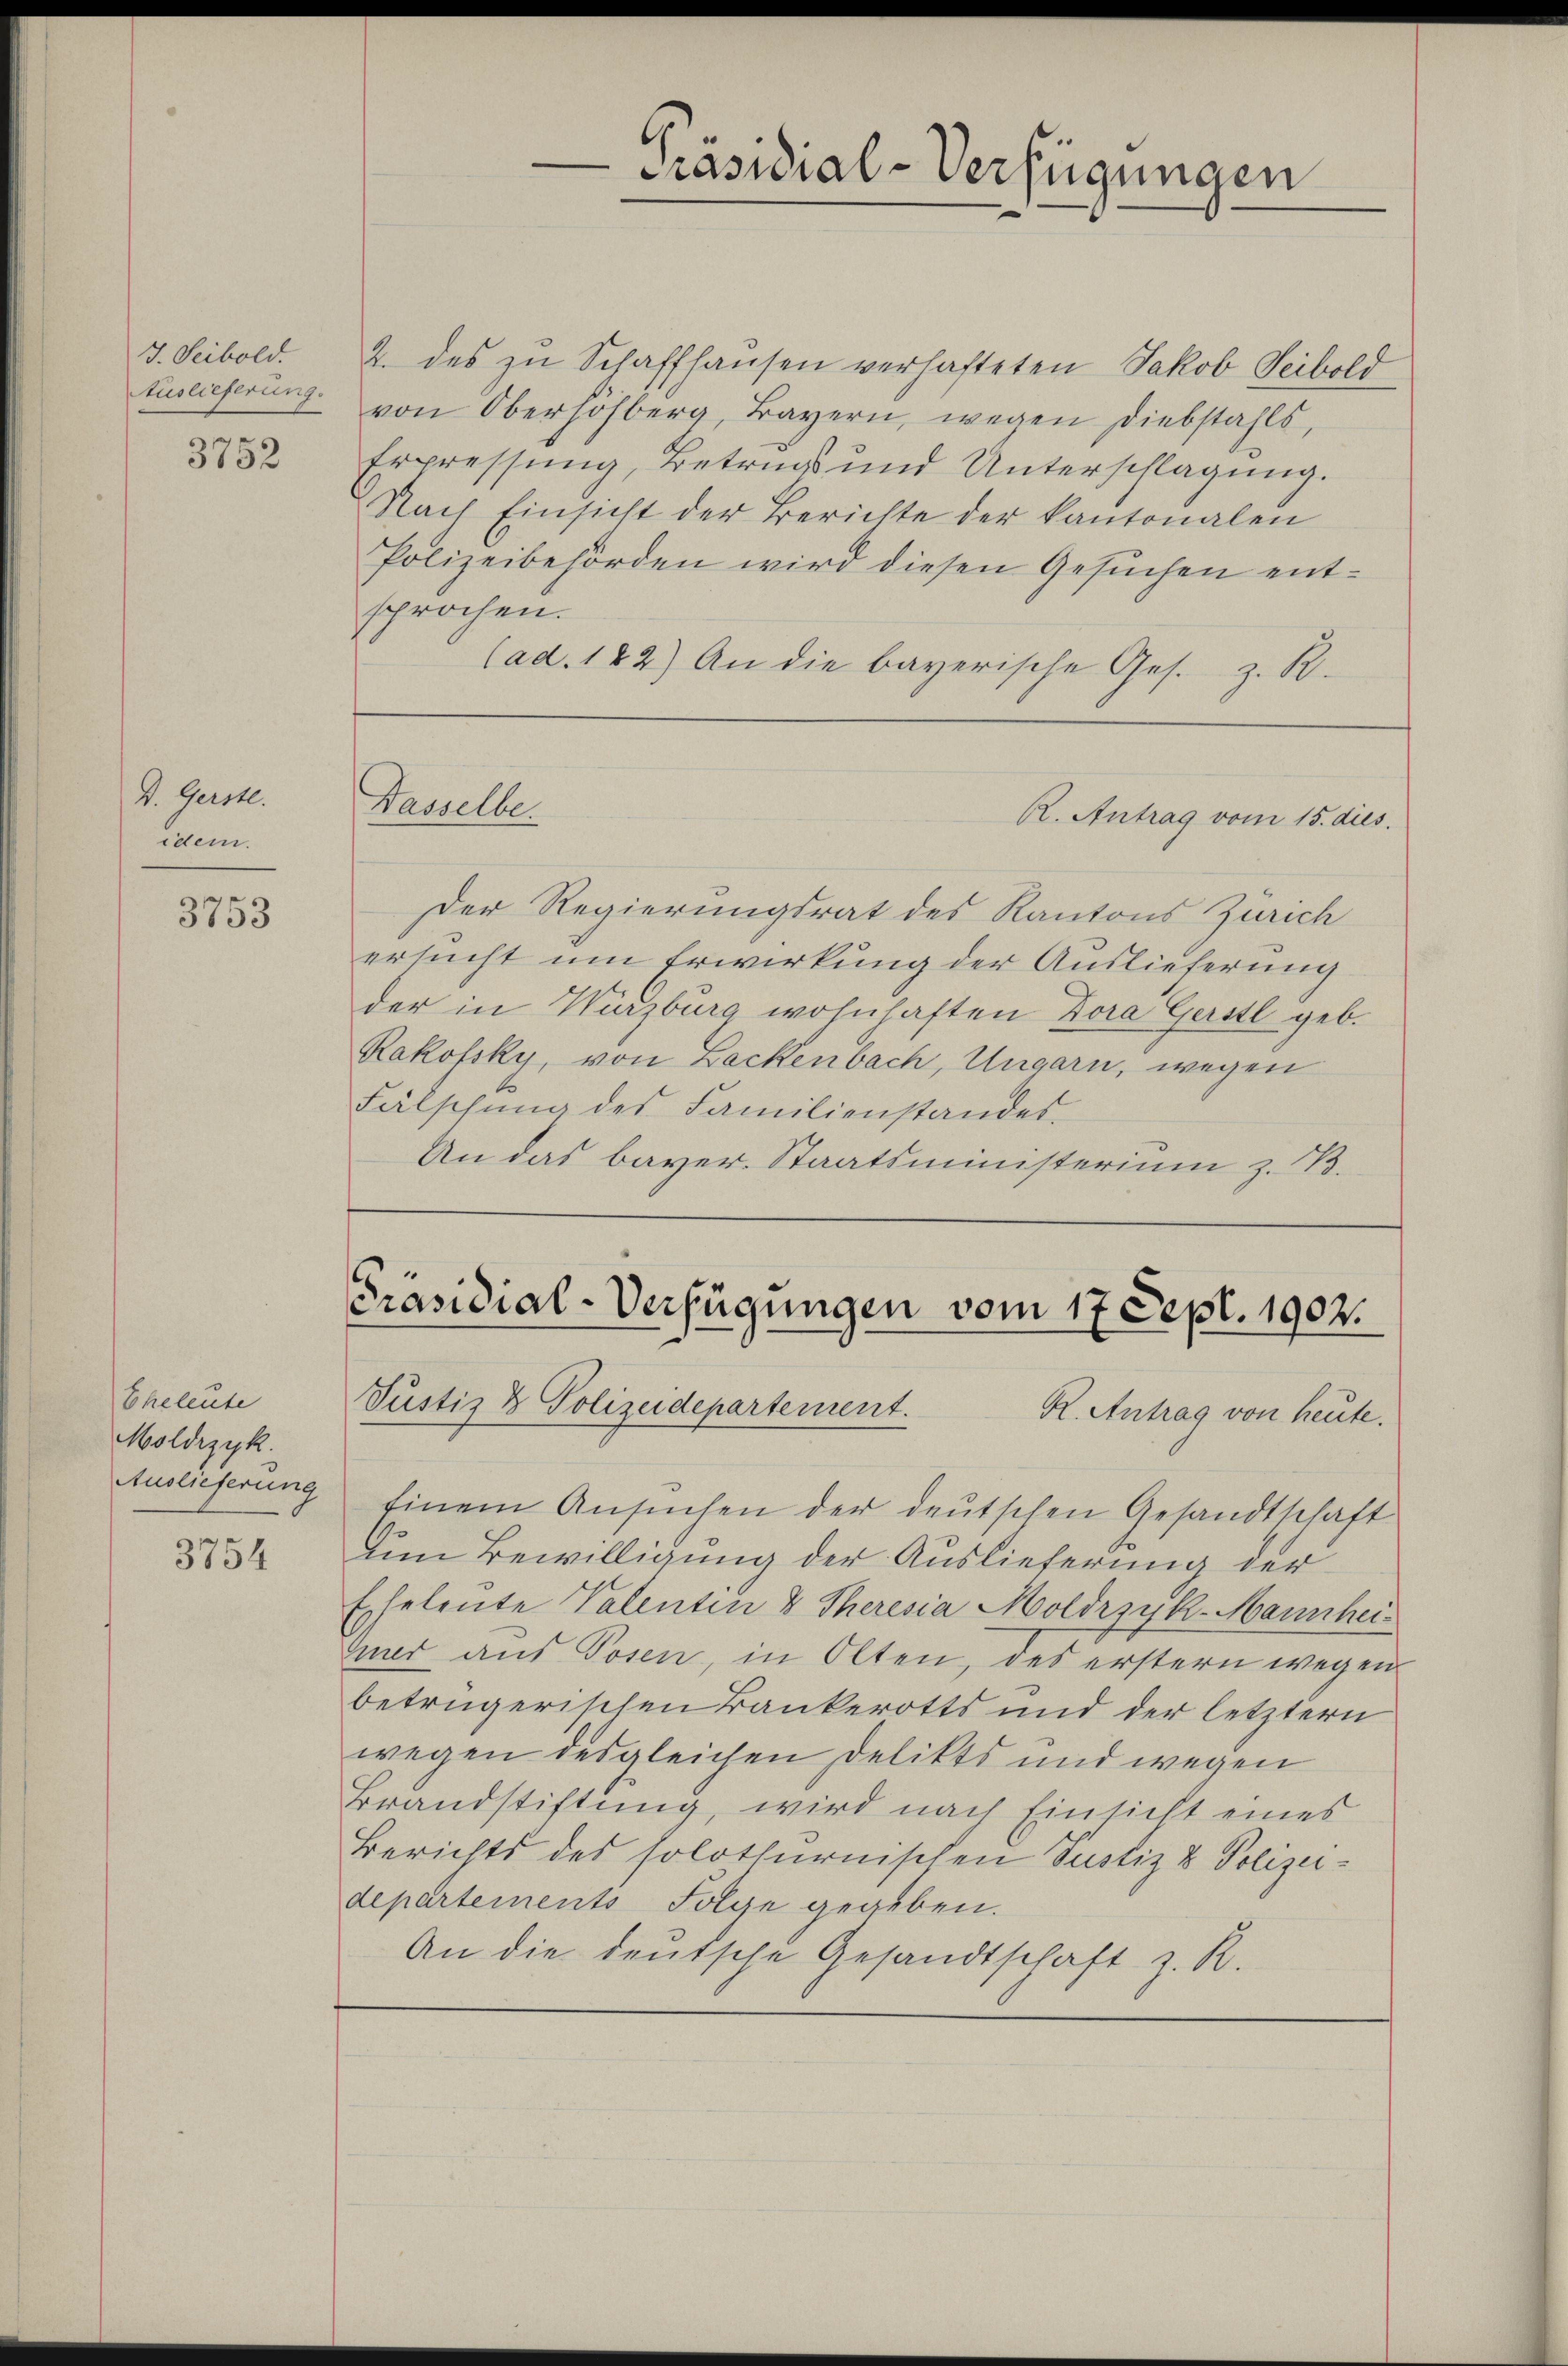
3. Seibold.
tuslieferung.

3752

V. Gerste.
idem.

3753

Eheleute
Moldizyk.
Auslieferung

3754

2. des zu Schaffhausen verhafteten Jakob Seibold
von Oberhöhberg, Bayern, wegen Diebstahls,
Erpressung, Betrug und Unterschlagung.
Nach Einsicht der Berichte der kantonalen
Polizeibehörden wird diesen Gesuchen entsprochen.
(ad. 122) An die bayerische Ges. z. B.
Wasselbe.
R. Antrag vom 15. dies
Der Regierungsrat des Kantons Zürich
ersucht um Erwirkung der Auslieferung
der in Würzburg wohnhaften Zora Gerstl geb.
Rakofsky, von Lackenbach, Ungarn, wegen
Fälschŭng des Familienstandes.
An das bayer. Staatsministerium z. B.

-Präsidial-Verfügungen

Einem Ansuchen der deutschen Gesandtschaft
um Bewilligung der Auslieferung der
Exheleute Valenten & Theresia Moldrzyk-Mannhei
mir aus Posen, in Olten, des erstern wegen
betrügerischen Bankerotts und der letztern
wegen desgleichen Delikts und wegen
Brandstiftung, wird nach Einsicht eines
Berichts des solothurnischen Justiz & Polizeidepartements Folge gegeben.
An die deutsche Gesandtschaft z. R.

Präsidial-Verfügungen vom 17 Sept. 1902.
Justiz & Polizeidepartement.
R. Antrag von heute.